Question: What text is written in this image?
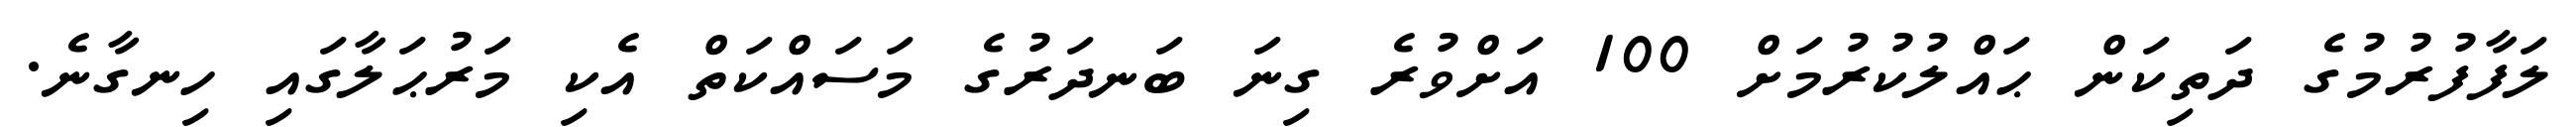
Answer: ލަފާފުރުމުގެ ދަތިކަން ޙައްލުކުރުމަށް 100 އަށްވުރެ ގިނަ ބަނދަރުގެ މަސައްކަތް އެކި މަރުޙަލާގައި ހިނގާނެ.